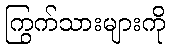
ကြွက်သားများကို